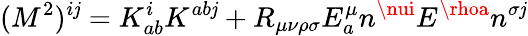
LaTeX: (M^{2})^{i\mathit{j}}=K_{ab}^{i}K^{ab\mathit{j}}+R_{\mu\nu\rho\sigma}E_{a}^{\mu}n^{\nui}E^{\rhoa}n^{\sigma\mathit{j}}